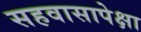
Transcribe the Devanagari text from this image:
सहवासापेक्षा